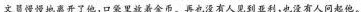
文员慢慢地离开了他，口袋里放着金币。再也没有人见到亚利，也没有人问起他。